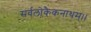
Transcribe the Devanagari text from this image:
सर्वलोकैकनाथम्।।